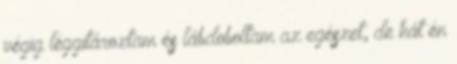
végig léggitároztam és lábdoboltam az egészet, de hát én